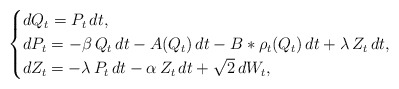
\begin{align*}\begin{cases}dQ_t=P_t\,dt,\\dP_t=- \beta\, Q_t\,dt-A(Q_t)\,dt-B\ast\rho_t(Q_t)\,dt+\lambda\,Z_t\,dt,\\dZ_t=-\lambda\,P_t\,dt-\alpha\, Z_t\,dt+\sqrt{2}\,dW_t,\end{cases}\end{align*}